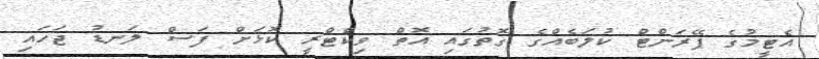
އެޓީމުގެ ޕޭރަންޓް ކުލަބެއްގެ ގޮތުގައި އޮތް ވިކްޓްރީ ކޮޅަށް ފަސް ލަނޑު ޖަހައި